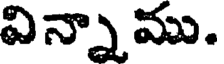
విన్నా ము.